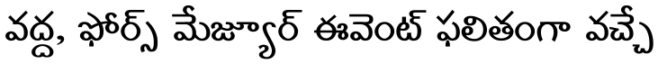
వద్ద, ఫోర్స్ మేజ్యూర్ ఈవెంట్ ఫలితంగా వచ్చే